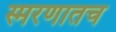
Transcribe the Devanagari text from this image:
स्मरणातच